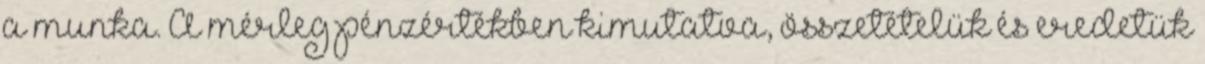
a munka. A mérleg pénzértékben kimutatva, összetételük és eredetük